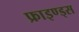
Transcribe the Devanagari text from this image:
फ्राइण्ड्स